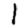
Digit: 1